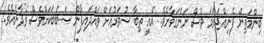
ބިންމަތިން ފެނިއްޖަނަމަ ވެސް ނަންގަވާށެވެ. އެއީ ތިބާ ސުވަރުއަށް ވައްދައިފާނޭ ސަބަބަކަށްވެސް ވެދާނެއެވެ.